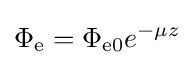
\Phi _{\mathrm {e} }=\Phi _{\mathrm {e0} }e^{-\mu z}